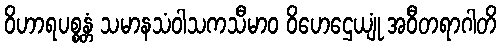
ဝိဟာရပစ္စန္တံ သမာနသံဝါသကသီမာဝ ဝိဟေဌေယျုံ အဝီတရာဂါတိ